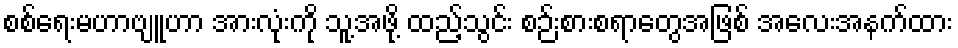
စစ်ရေးမဟာဗျူဟာ အားလုံးကို သူ့အဖို့ ထည့်သွင်း စဉ်းစားစရာတွေအဖြစ် အလေးအနက်ထား